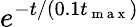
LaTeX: e^{-t/(0.1t_{\mathrm{~m~a~x~}})}